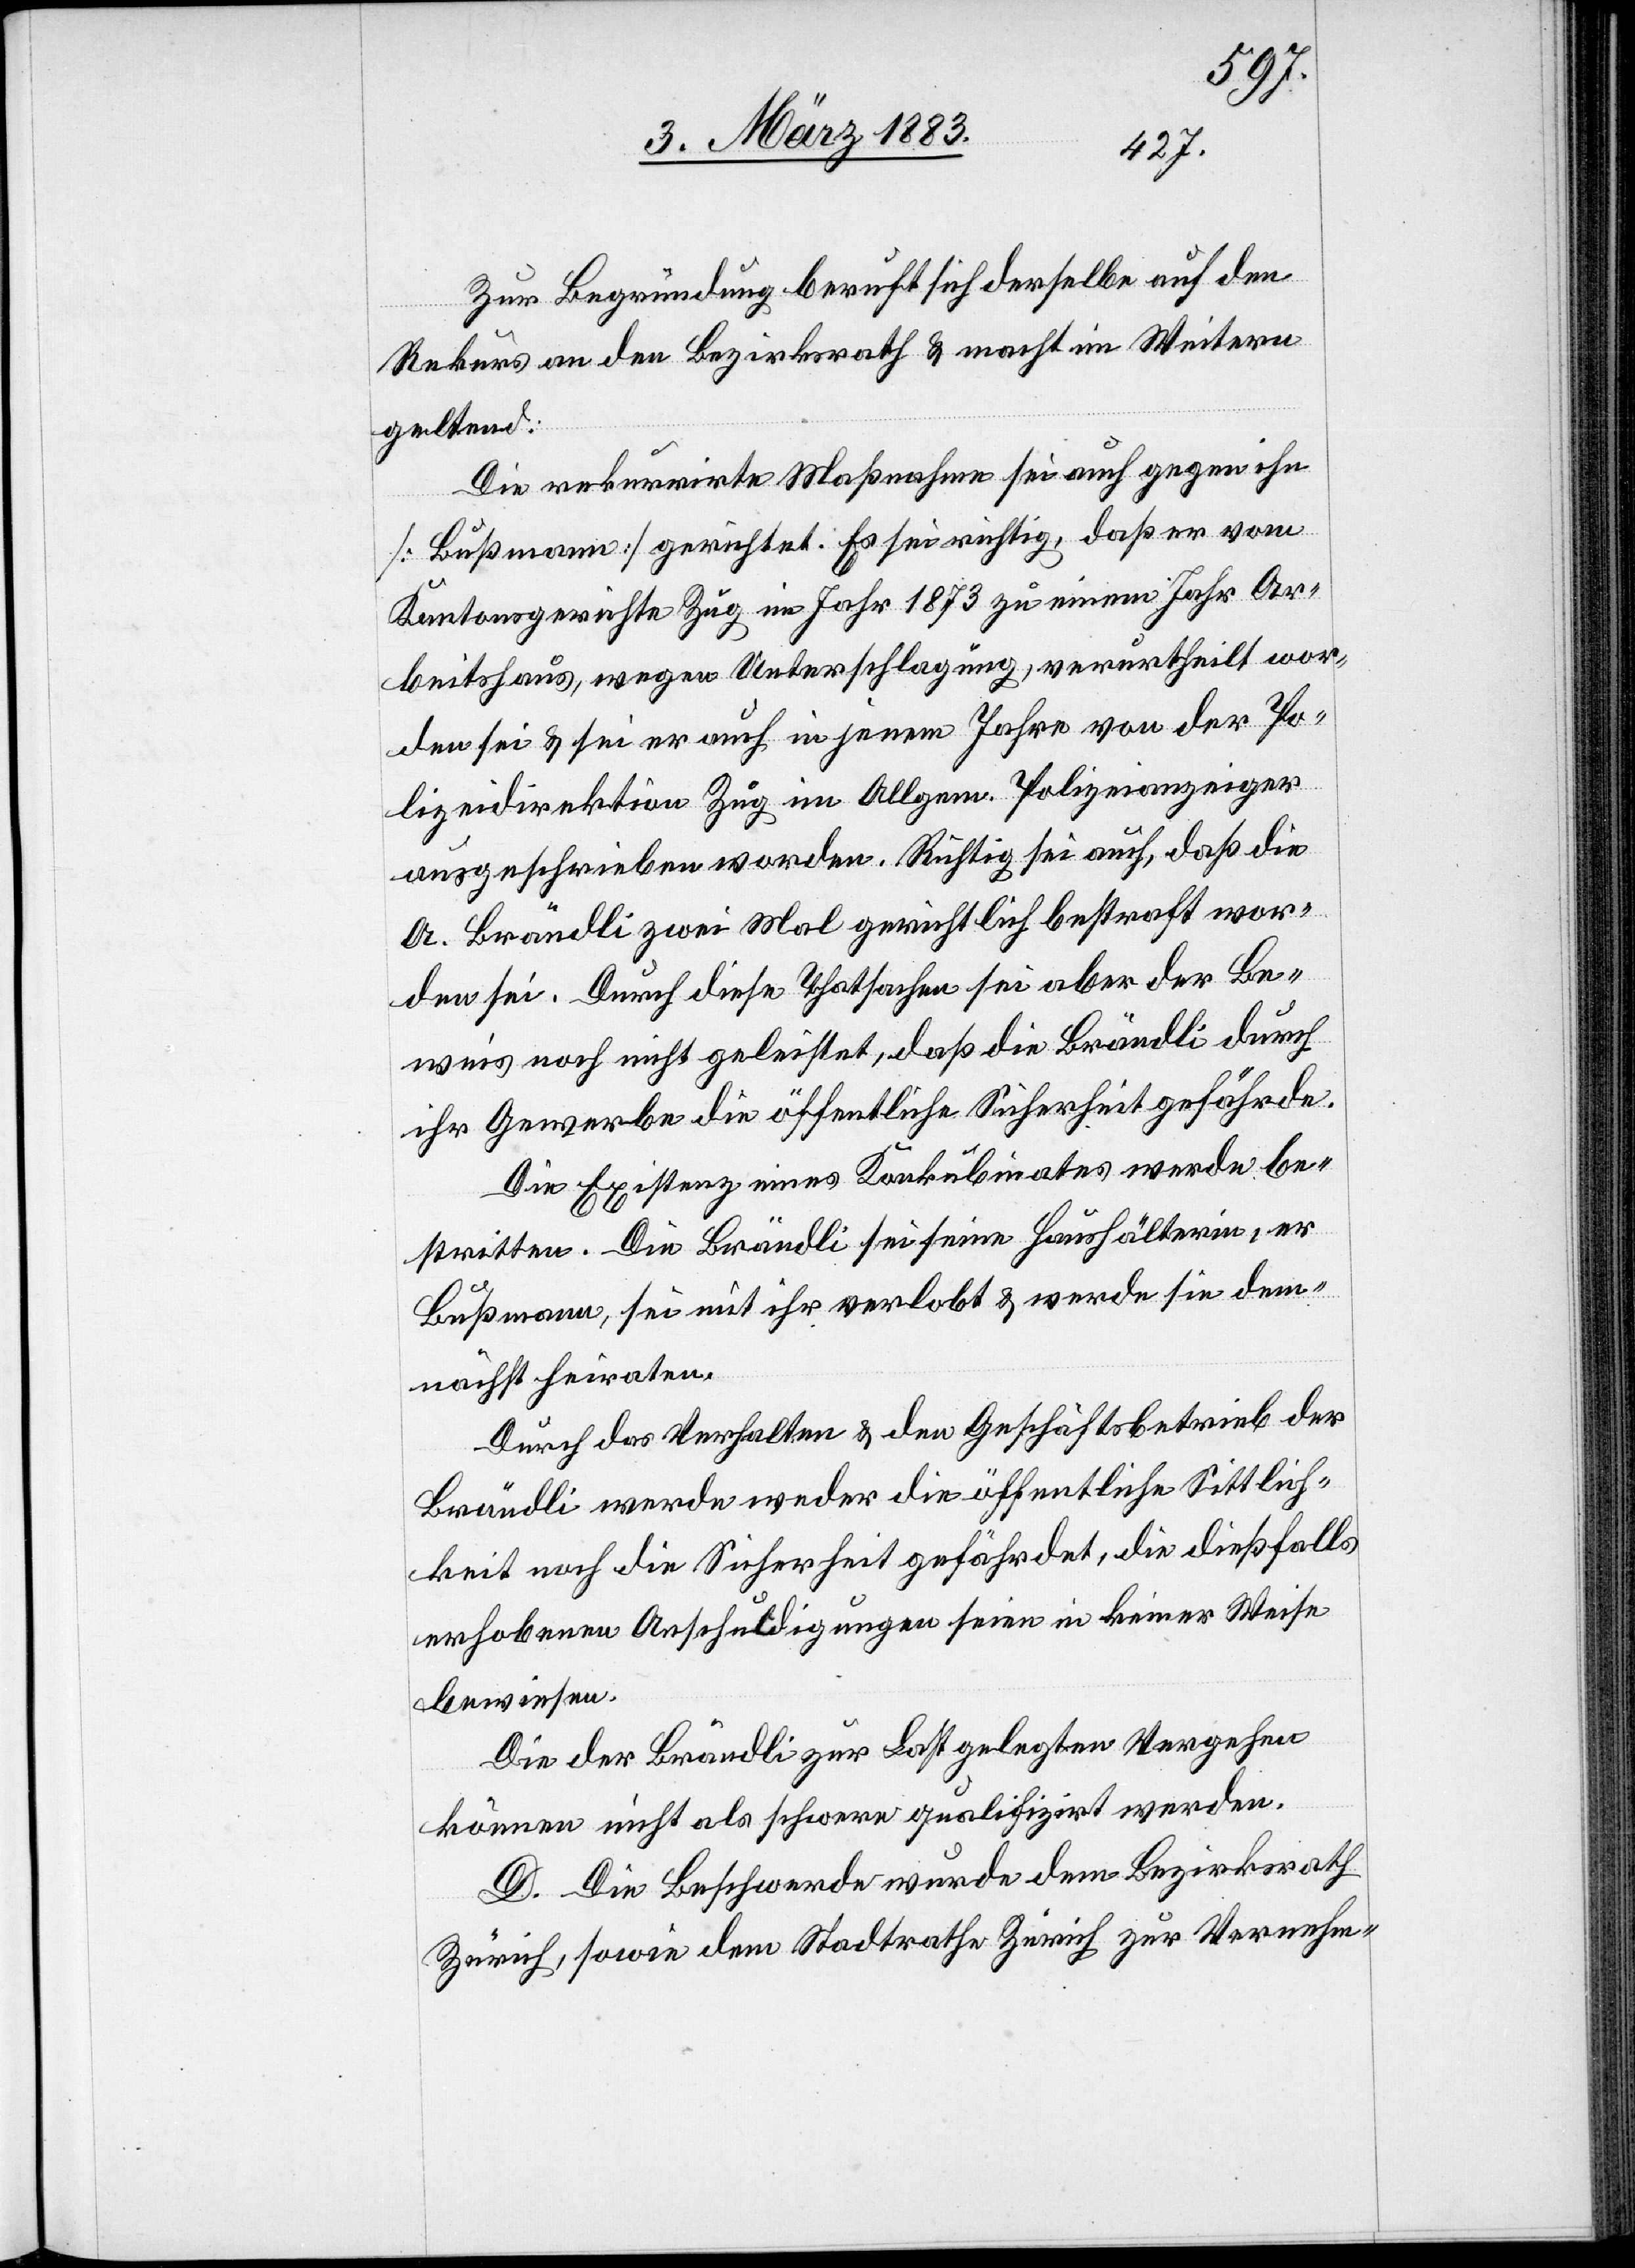
Zur Begründung beruft sich derselbe auf den
Rekurs an den Bezirksrath & macht im Weitern
geltend:
Die rekurrirte Maßnahme sei auch gegen ihn
[Bußmann] gerichtet. Es sei richtig, daß er vom
Kantonsgerichte Zug im Jahr 1873 zu einem Jahr Ar¬
beitshaus, wegen Unterschlagung, verurtheilt wor¬
den sei & sei er auch in jenem Jahre von der Po¬
lizeidirektion Zug im Allgem. Polizeianzeiger
ausgeschrieben worden. Richtig sei auch, daß die
A. Brändli zwei Mal gerichtlich bestraft wor¬
den sei. Durch diese Thatsachen sei aber der Be¬
weis noch nicht geleistet, daß die Brändli durch
ihr Gewerbe die öffentliche Sicherheit gefährde.
Die Existenz eines Konkubinates werde be¬
stritten. Die Brändli sei seine Haushälterin, er
Bußmann sei mit ihr verlobt & werde sie dem¬
nächst heiraten.
Durch das Verhalten & den Geschäftsbetrieb der
Brändli werde weder die öffentliche Sittlich¬
keit noch die Sicherheit gefährdet, die dießfalls
erhobenen Anschuldigungen seien in keiner Weise
bewiesen.
Die der Brändli zur Last gelegten Vergehen
können nicht als schwere qualifizirt werden.
D. Die Beschwerde wurde dem Bezirksrath
Zürich, sowie dem Stadtrathe Zürich zur Vernehm-